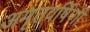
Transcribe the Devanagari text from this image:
अमृतवर्षिणी